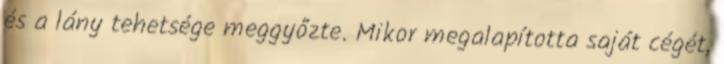
és a lány tehetsége meggyőzte. Mikor megalapította saját cégét,